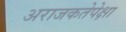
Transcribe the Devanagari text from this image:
अराजकतेपेक्षा